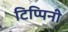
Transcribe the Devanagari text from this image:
टिप्पिनी